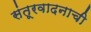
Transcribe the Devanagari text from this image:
संतूरवादनाची